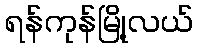
ရန်ကုန်မြို့လယ်